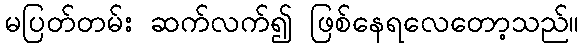
မပြတ်တမ်း ဆက်လက်၍ ဖြစ်နေရလေတော့သည်။